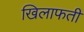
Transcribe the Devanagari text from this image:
खिलाफती